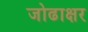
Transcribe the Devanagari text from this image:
जोढाक्षर